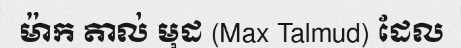
ម៉ាក តាល់ មុដ (Max Talmud) ដែល